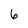
Character: 6